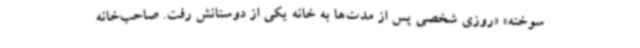
سوخته» «روزی شخصی پس از مدت‌ها به خانه یکی از دوستانش رفت. صاحب‌خانه